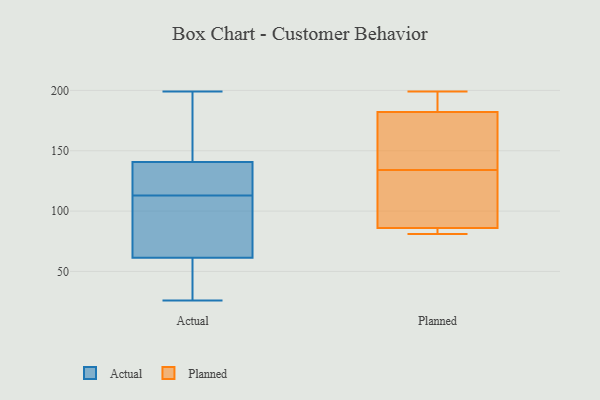
{"axis": {"x": "Conversion Rate (%)", "y": "Value"}, "legend": ["Actual", "Planned"], "data": [{"x": "", "y": 26, "type": "Actual"}, {"x": "", "y": 169, "type": "Actual"}, {"x": "", "y": 31, "type": "Actual"}, {"x": "", "y": 173, "type": "Actual"}, {"x": "", "y": 61, "type": "Actual"}, {"x": "", "y": 92, "type": "Actual"}, {"x": "", "y": 114, "type": "Actual"}, {"x": "", "y": 58, "type": "Actual"}, {"x": "", "y": 37, "type": "Actual"}, {"x": "", "y": 142, "type": "Actual"}, {"x": "", "y": 137, "type": "Actual"}, {"x": "", "y": 199, "type": "Actual"}, {"x": "", "y": 62, "type": "Actual"}, {"x": "", "y": 84, "type": "Actual"}, {"x": "", "y": 113, "type": "Actual"}, {"x": "", "y": 116, "type": "Actual"}, {"x": "", "y": 73, "type": "Actual"}, {"x": "", "y": 123, "type": "Actual"}, {"x": "", "y": 148, "type": "Actual"}, {"x": "", "y": 81, "type": "Planned"}, {"x": "", "y": 192, "type": "Planned"}, {"x": "", "y": 199, "type": "Planned"}, {"x": "", "y": 86, "type": "Planned"}, {"x": "", "y": 98, "type": "Planned"}, {"x": "", "y": 158, "type": "Planned"}, {"x": "", "y": 139, "type": "Planned"}, {"x": "", "y": 84, "type": "Planned"}, {"x": "", "y": 82, "type": "Planned"}, {"x": "", "y": 192, "type": "Planned"}, {"x": "", "y": 103, "type": "Planned"}, {"x": "", "y": 182, "type": "Planned"}, {"x": "", "y": 129, "type": "Planned"}, {"x": "", "y": 177, "type": "Planned"}]}